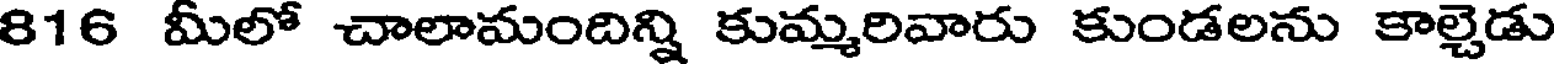
816 మీలో చాలామందిన్ని కుమ్మరివారు కుండలను కాల్చెడు